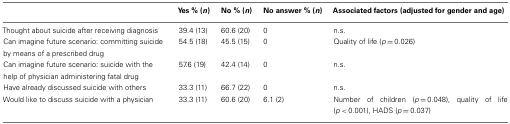
<table><thead><tr><td></td><td><b>Yes % (<i>n</i>)</b></td><td><b>No % (<i>n</i>)</b></td><td><b>No answer % (<i>n</i>)</b></td><td><b>Associated factors (adjusted for gender and age)</b></td></tr></thead><tbody><tr><td>Thought about suicide after receiving diagnosis</td><td>39.4 (13)</td><td>60.6 (20)</td><td>0</td><td>n.s.</td></tr><tr><td>Can imagine future scenario: committing suicide by means of a prescribed drug</td><td>54.5 (18)</td><td>45.5 (15)</td><td>0</td><td>Quality of life (<i>p</i> = 0.026)</td></tr><tr><td>Can imagine future scenario: suicide with the help of physician administering fatal drug</td><td>57.6 (19)</td><td>42.4 (14)</td><td>0</td><td>n.s.</td></tr><tr><td>Have already discussed suicide with others</td><td>33.3 (11)</td><td>66.7 (22)</td><td>0</td><td>n.s.</td></tr><tr><td>Would like to discuss suicide with a physician</td><td>33.3 (11)</td><td>60.6 (20)</td><td>6.1 (2)</td><td>Number of children (<i>p</i> = 0.048), quality of life (<i>p</i> &lt; 0.001), HADS (<i>p</i> = 0.037)</td></tr></tbody></table>